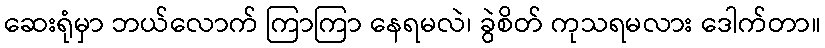
ဆေးရုံမှာ ဘယ်လောက် ကြာကြာ နေရမလဲ၊ ခွဲစိတ် ကုသရမလား ဒေါက်တာ။